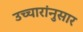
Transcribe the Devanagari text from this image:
उच्चारांनुसार